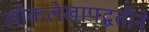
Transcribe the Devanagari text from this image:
लोकलेखापद्धतीने